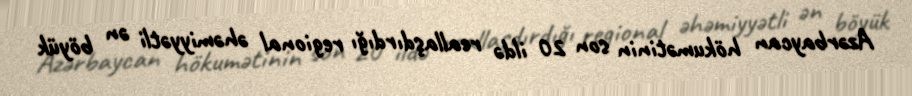
Azərbaycan hökumətinin son 20 ildə reallaşdırdığı regional əhəmiyyətli ən böyük